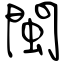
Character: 閩